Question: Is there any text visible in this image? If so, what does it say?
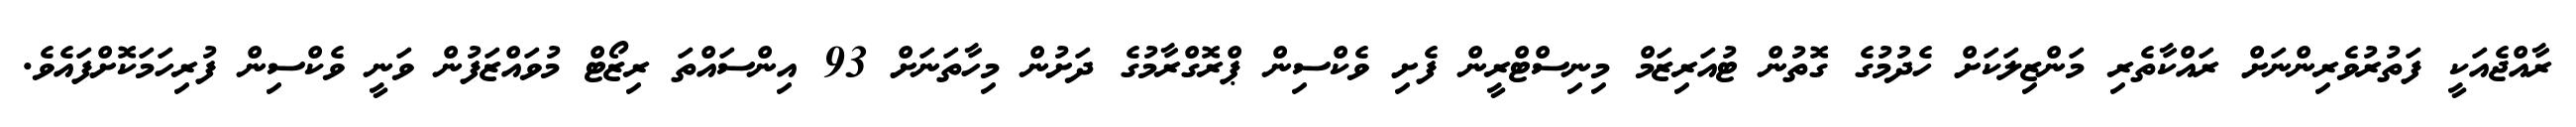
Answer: ރާއްޖެއަކީ ފަތުރުވެރިންނަށް ރައްކާތެރި މަންޒިލަކަށް ހެދުމުގެ ގޮތުން ޓުއަރިޒަމް މިނިސްޓްރީން ފެށި ވެކްސިން ޕްރޮގްރާމުގެ ދަށުން މިހާތަނަށް 93 އިންސައްތަ ރިޒޯޓް މުވައްޒަފުން ވަނީ ވެކްސިން ފުރިހަމަކޮށްފައެވެ.